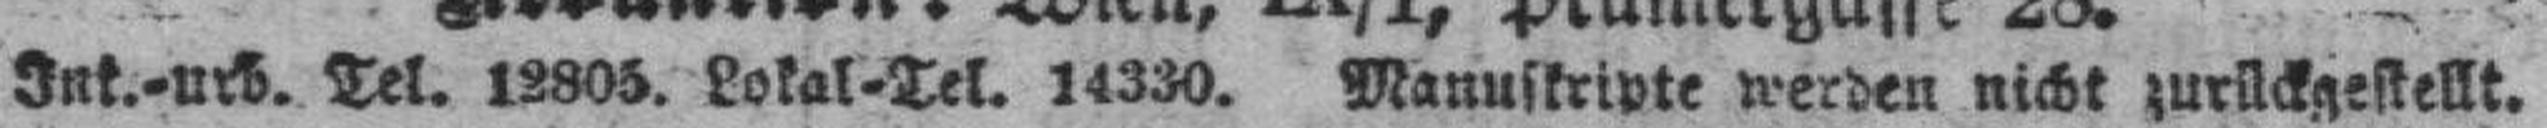
Ink.-urb. Tel. 12805. Lokal-Tel. 14330. Manuskripte werden nicht zurückgestellt.